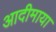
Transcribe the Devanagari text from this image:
आदीमाया